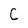
Character: C